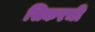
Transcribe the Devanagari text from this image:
सिकरची